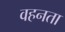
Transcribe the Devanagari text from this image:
वहनता